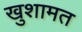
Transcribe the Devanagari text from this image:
खुशामत